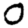
Digit: 0